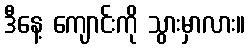
ဒီနေ့ ကျောင်းကို သွားမှာလား။